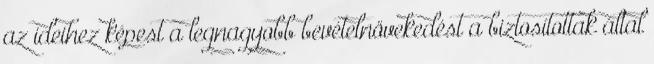
az ideihez képest a legnagyobb bevételnövekedést a biztosítottak által